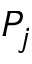
P _ { j }